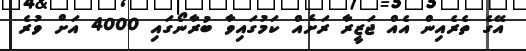
އޭގެ ތެރެއިން އެއް ޖަޒީރާ ރަށެއް ކަމުގައިވާ ބުރާނޯގައި 4000 އަށް ވުރެ